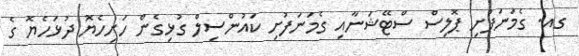
ގއ. ގެމަނަފުށި ޕޮލިސް ސްޓޭޝަނާއި ގެމަނަފުށި ކައުންސިލް ގުޅިގެން ހަށިހެޔޮ ދުޅަހެޔޮ ގެ